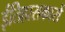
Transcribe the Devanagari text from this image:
ईतिहासकारों